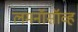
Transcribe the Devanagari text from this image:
लमनॉसॉव्ह